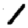
Digit: 1